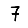
Digit: 7